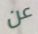
عن